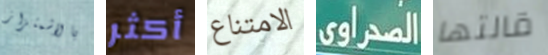
بالاشمئزاز أكثر الامتناع الصحراوى قالتها